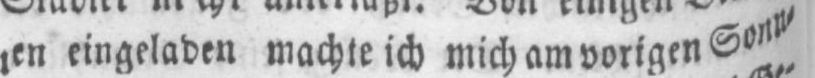
eingeladen machte ich mich am vorigen Sonn⸗